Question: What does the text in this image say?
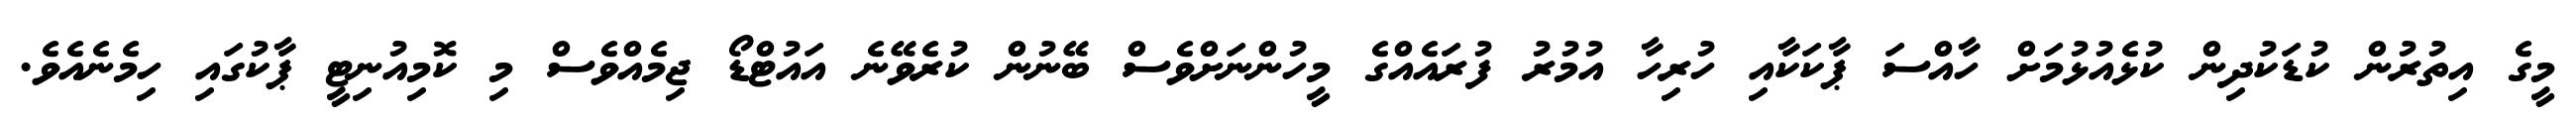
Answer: މީގެ އިތުރުން ކުޑަކުދިން ކުޅެއުޅުމަށް ހާއްސަ ޕާކަކާއި ހުރިހާ އުމުރު ފުރައެއްގެ މީހުންނަށްވެސް ބޭނުން ކުރެވޭނެ އައުޓްޑޯ ޖިމެއްވެސް މި ކޮމިއުނިޓީ ޕާކުގައި ހިމެނެއެވެ.